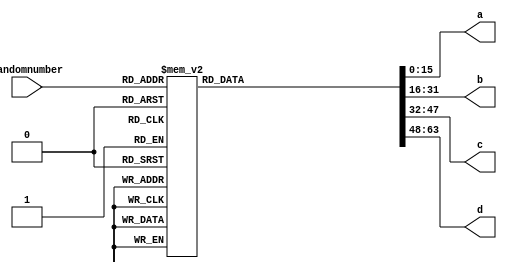
/*
   This file was generated automatically by the Mojo IDE version B1.3.6.
   Do not edit this file directly. Instead edit the original Lucid source.
   This is a temporary file and any changes made to it will be destroyed.
*/

module generatequestion_hard_59 (
    input [5:0] randomnumber,
    output reg [15:0] a,
    output reg [15:0] b,
    output reg [15:0] c,
    output reg [15:0] d
  );
  
  
  
  always @* begin
    
    case (randomnumber)
      1'h0: begin
        a = 3'h7;
        b = 1'h1;
        c = 2'h2;
        d = 3'h6;
      end
      1'h1: begin
        a = 4'h9;
        b = 1'h1;
        c = 2'h3;
        d = 3'h4;
      end
      2'h2: begin
        a = 1'h1;
        b = 3'h6;
        c = 2'h2;
        d = 2'h3;
      end
      2'h3: begin
        a = 2'h2;
        b = 2'h3;
        c = 3'h6;
        d = 3'h4;
      end
      3'h4: begin
        a = 3'h4;
        b = 3'h6;
        c = 1'h1;
        d = 4'h9;
      end
      3'h5: begin
        a = 4'h9;
        b = 3'h7;
        c = 2'h2;
        d = 3'h4;
      end
      3'h6: begin
        a = 2'h2;
        b = 3'h6;
        c = 1'h1;
        d = 4'h8;
      end
      3'h7: begin
        a = 3'h6;
        b = 2'h2;
        c = 3'h7;
        d = 3'h5;
      end
      4'h8: begin
        a = 4'h9;
        b = 2'h3;
        c = 2'h2;
        d = 3'h4;
      end
      4'h9: begin
        a = 2'h2;
        b = 3'h7;
        c = 3'h4;
        d = 3'h5;
      end
      4'ha: begin
        a = 3'h5;
        b = 1'h1;
        c = 2'h2;
        d = 3'h7;
      end
      4'hb: begin
        a = 3'h4;
        b = 3'h6;
        c = 4'h8;
        d = 2'h2;
      end
      4'hc: begin
        a = 3'h4;
        b = 3'h5;
        c = 2'h3;
        d = 3'h7;
      end
      4'hd: begin
        a = 3'h6;
        b = 1'h1;
        c = 4'h8;
        d = 2'h3;
      end
      4'he: begin
        a = 3'h4;
        b = 1'h1;
        c = 2'h2;
        d = 3'h7;
      end
      4'hf: begin
        a = 3'h4;
        b = 3'h6;
        c = 4'h9;
        d = 3'h7;
      end
      5'h10: begin
        a = 4'h8;
        b = 2'h2;
        c = 3'h4;
        d = 1'h1;
      end
      5'h11: begin
        a = 2'h3;
        b = 3'h5;
        c = 1'h1;
        d = 4'h9;
      end
      5'h12: begin
        a = 4'h8;
        b = 4'h9;
        c = 2'h2;
        d = 3'h5;
      end
      5'h13: begin
        a = 3'h5;
        b = 2'h3;
        c = 4'h9;
        d = 3'h7;
      end
      5'h14: begin
        a = 3'h4;
        b = 4'h9;
        c = 2'h2;
        d = 3'h7;
      end
      5'h15: begin
        a = 2'h3;
        b = 1'h1;
        c = 4'h9;
        d = 3'h7;
      end
      5'h16: begin
        a = 1'h1;
        b = 2'h3;
        c = 3'h6;
        d = 4'h8;
      end
      5'h17: begin
        a = 2'h3;
        b = 3'h4;
        c = 4'h9;
        d = 3'h7;
      end
      5'h18: begin
        a = 2'h2;
        b = 3'h4;
        c = 3'h7;
        d = 4'h9;
      end
      5'h19: begin
        a = 4'h9;
        b = 2'h2;
        c = 2'h3;
        d = 3'h6;
      end
      5'h1a: begin
        a = 3'h6;
        b = 4'h9;
        c = 3'h4;
        d = 1'h1;
      end
      5'h1b: begin
        a = 2'h2;
        b = 4'h9;
        c = 4'h8;
        d = 3'h7;
      end
      5'h1c: begin
        a = 3'h6;
        b = 2'h3;
        c = 3'h5;
        d = 4'h8;
      end
      5'h1d: begin
        a = 4'h9;
        b = 3'h5;
        c = 2'h3;
        d = 3'h7;
      end
      5'h1e: begin
        a = 3'h4;
        b = 2'h2;
        c = 2'h3;
        d = 3'h6;
      end
      5'h1f: begin
        a = 3'h7;
        b = 3'h4;
        c = 4'h9;
        d = 3'h6;
      end
      6'h20: begin
        a = 2'h3;
        b = 3'h7;
        c = 4'h9;
        d = 3'h5;
      end
      6'h21: begin
        a = 2'h2;
        b = 3'h4;
        c = 2'h3;
        d = 4'h9;
      end
      6'h22: begin
        a = 4'h8;
        b = 1'h1;
        c = 2'h3;
        d = 3'h6;
      end
      6'h23: begin
        a = 4'h9;
        b = 3'h4;
        c = 3'h6;
        d = 3'h6;
      end
      6'h24: begin
        a = 3'h4;
        b = 4'h9;
        c = 3'h7;
        d = 2'h2;
      end
      6'h25: begin
        a = 3'h5;
        b = 4'h9;
        c = 3'h6;
        d = 2'h2;
      end
      6'h26: begin
        a = 3'h6;
        b = 3'h4;
        c = 1'h1;
        d = 2'h3;
      end
      6'h27: begin
        a = 4'h8;
        b = 3'h5;
        c = 1'h1;
        d = 2'h3;
      end
      6'h28: begin
        a = 2'h3;
        b = 3'h6;
        c = 4'h8;
        d = 1'h1;
      end
      6'h29: begin
        a = 3'h5;
        b = 2'h2;
        c = 3'h6;
        d = 3'h7;
      end
      6'h2a: begin
        a = 2'h3;
        b = 3'h5;
        c = 4'h8;
        d = 3'h6;
      end
      6'h2b: begin
        a = 1'h1;
        b = 2'h3;
        c = 3'h6;
        d = 3'h4;
      end
      6'h2c: begin
        a = 3'h6;
        b = 3'h7;
        c = 3'h4;
        d = 4'h9;
      end
      6'h2d: begin
        a = 3'h7;
        b = 4'h8;
        c = 2'h2;
        d = 4'h9;
      end
      6'h2e: begin
        a = 4'h9;
        b = 2'h2;
        c = 3'h7;
        d = 3'h5;
      end
      6'h2f: begin
        a = 2'h2;
        b = 3'h7;
        c = 1'h1;
        d = 3'h5;
      end
      6'h30: begin
        a = 1'h1;
        b = 4'h9;
        c = 3'h6;
        d = 3'h4;
      end
      6'h31: begin
        a = 2'h2;
        b = 3'h5;
        c = 3'h6;
        d = 4'h9;
      end
      6'h32: begin
        a = 3'h6;
        b = 3'h7;
        c = 2'h2;
        d = 4'h8;
      end
      6'h33: begin
        a = 4'h9;
        b = 3'h5;
        c = 2'h2;
        d = 3'h6;
      end
      6'h34: begin
        a = 3'h4;
        b = 2'h2;
        c = 4'h8;
        d = 3'h6;
      end
      6'h35: begin
        a = 4'h9;
        b = 3'h6;
        c = 3'h4;
        d = 1'h1;
      end
      6'h36: begin
        a = 2'h2;
        b = 1'h1;
        c = 3'h4;
        d = 4'h9;
      end
      6'h37: begin
        a = 1'h1;
        b = 3'h5;
        c = 2'h2;
        d = 3'h4;
      end
      6'h38: begin
        a = 2'h2;
        b = 4'h9;
        c = 3'h4;
        d = 2'h3;
      end
      6'h39: begin
        a = 4'h8;
        b = 2'h2;
        c = 3'h6;
        d = 3'h4;
      end
      6'h3a: begin
        a = 3'h4;
        b = 1'h1;
        c = 3'h5;
        d = 4'h8;
      end
      6'h3b: begin
        a = 2'h2;
        b = 3'h6;
        c = 3'h4;
        d = 3'h7;
      end
      6'h3c: begin
        a = 4'h8;
        b = 2'h2;
        c = 1'h1;
        d = 3'h5;
      end
      6'h3d: begin
        a = 2'h3;
        b = 3'h6;
        c = 1'h1;
        d = 4'h8;
      end
      6'h3e: begin
        a = 2'h3;
        b = 3'h6;
        c = 1'h1;
        d = 3'h4;
      end
      6'h3f: begin
        a = 3'h6;
        b = 3'h4;
        c = 2'h3;
        d = 1'h1;
      end
      default: begin
        a = 1'h0;
        b = 1'h0;
        c = 1'h0;
        d = 1'h0;
      end
    endcase
  end
endmodule